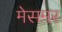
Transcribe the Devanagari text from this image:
मेसमर